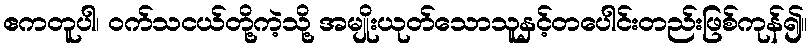
ဧကတူပါ၊ ဝက်သငယ်တို့ကဲ့သို့ အမျိုးယုတ်သောသူနှင့်တပေါင်းတည်းဖြစ်ကုန်၍။